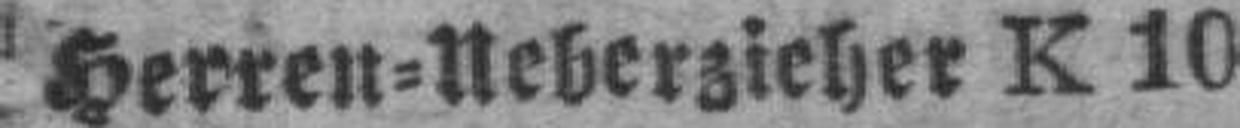
Herren=Neberzieher K 10